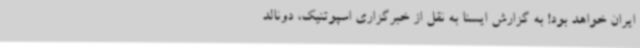
ایران خواهد بود! به گزارش ایسنا به نقل از خبرگزاری اسپوتنیک، دونالد